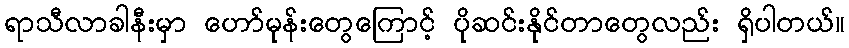
ရာသီလာခါနီးမှာ ဟော်မုန်းတွေကြောင့် ပိုဆင်းနိုင်တာတွေလည်း ရှိပါတယ်။